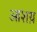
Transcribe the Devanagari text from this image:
आशय़